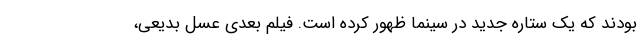
بودند که یک ستاره جدید در سینما ظهور کرده است. فیلم بعدی عسل بدیعی،